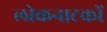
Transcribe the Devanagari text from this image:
लोकनाटकों